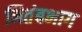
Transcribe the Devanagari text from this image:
नितंबभाग